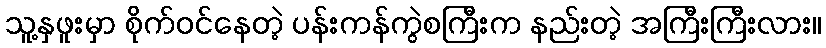
သူ့နှဖူးမှာ စိုက်ဝင်နေတဲ့ ပန်းကန်ကွဲစကြီးက နည်းတဲ့ အကြီးကြီးလား။